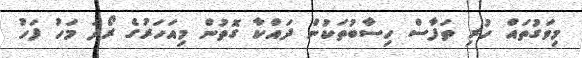
މިވަގުތައް ހުރި ތަފާސް ހިސާބުތަކުން ދައްކާ ގޮތުން މިއަހަރުގެ ރޯދަ މަހު ފަހު